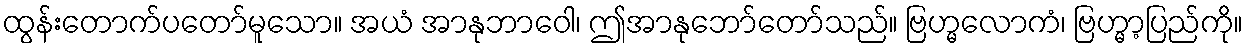
ထွန်းတောက်ပတော်မူသော။ အယံ အာနုဘာဝေါ၊ ဤအာနုဘော်တော်သည်။ ဗြဟ္မလောကံ၊ ဗြဟ္မာ့ပြည်ကို။